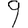
Digit: 9